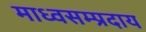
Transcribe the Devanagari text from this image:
माध्वसम्प्रदाय